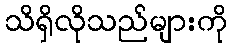
သိရှိလိုသည်များကို